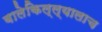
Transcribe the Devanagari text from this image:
बालेकिल्ल्यालाच